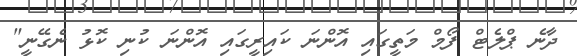
ދާނެ ޕްލެޓް ފޯމް މަތީގައި އޮންނަ ކައިރީގައި އޮންނަ ކުނި ކޮޅު ނެގޭނީ"